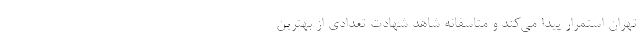
تهران استمرار پیدا می‌کند و متاسفانه شاهد شهادت تعدادی از بهترین